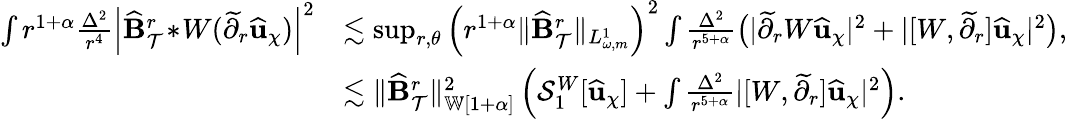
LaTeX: \begin{array}{rl}{\int r^{1+\alpha}\frac{\Delta^{2}}{r^{4}}\left|\widehat{\mathbf{B}}_{\mathcal{T}}^{r}\! *\! W(\widetilde{\partial}_{r}\widehat{\mathbf{u}}_{\chi})\right|^{2}}&{\lesssim\operatorname*{sup}_{r,\theta}\Big(r^{1+\alpha}\lVert\widehat{\mathbf{B}}_{\mathcal{T}}^{r}\rVert_{L_{\omega,m}^{1}}\Big)^{2}\int\frac{\Delta^{2}}{r^{5+\alpha}}\big(|\widetilde{\partial}_{r}W\widehat{\mathbf{u}}_{\chi}|^{2}+|[W,\widetilde{\partial}_{r}]\widehat{\mathbf{u}}_{\chi}|^{2}\big),}\\ &{\lesssim\lVert\widehat{\mathbf{B}}_{\mathcal{T}}^{r}\rVert_{{\mathbb{W}[{1+\alpha}]}}^{2}\left(\mathcal{S}_{1}^{W}[\widehat{\mathbf{u}}_{\chi}]+\int\frac{\Delta^{2}}{r^{5+\alpha}}|[W,\widetilde{\partial}_{r}]\widehat{\mathbf{u}}_{\chi}|^{2}\right).}\end{array}